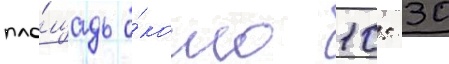
пло́щадь о́коло 10: 30